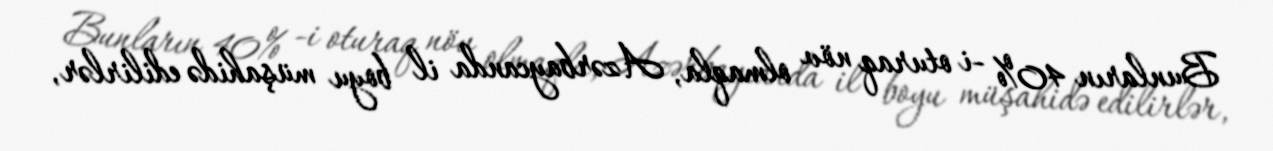
Bunların 40% -i oturaq növ olmaqla, Azərbaycanda il boyu müşahidə edilirlər,